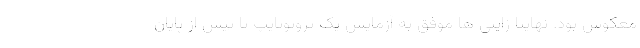
معکوس بود. نهایتا ژاپنی ها موفق به آزمایش یک پروتوتایپ تا پیش از پایان